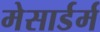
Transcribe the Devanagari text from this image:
मेसार्डर्म